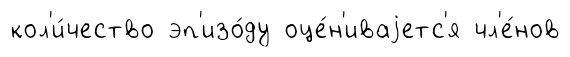
кол'и́чество эп'изо́ду оце́н'иваjетс'я чл'е́нов